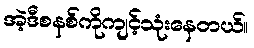
အဲ့ဒီစနစ်ကိုကျင့်သုံးနေတယ်။